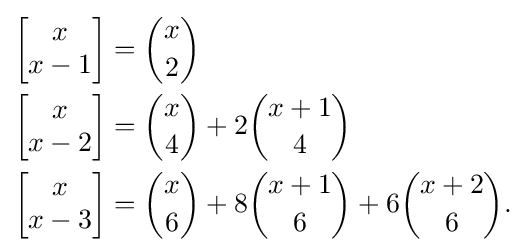
{\begin{aligned}\left[{\begin{matrix}x\\x-1\end{matrix}}\right]&={\binom {x}{2}}\\\left[{\begin{matrix}x\\x-2\end{matrix}}\right]&={\binom {x}{4}}+2{\binom {x+1}{4}}\\\left[{\begin{matrix}x\\x-3\end{matrix}}\right]&={\binom {x}{6}}+8{\binom {x+1}{6}}+6{\binom {x+2}{6}}.\end{aligned}}